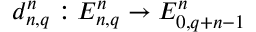
d _ { n , q } ^ { n } : E _ { n , q } ^ { n } \to E _ { 0 , q + n - 1 } ^ { n }